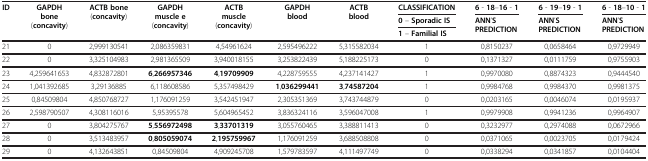
<table><thead><tr><td rowspan="3"><b>ID</b></td><td rowspan="3"><b>GAPDH bone (concavity)</b></td><td rowspan="3"><b>ACTB bone (concavity)</b></td><td rowspan="3"><b>GAPDH muscle e (concavity)</b></td><td rowspan="3"><b>ACTB muscle (concavity)</b></td><td rowspan="3"><b>GAPDH blood</b></td><td rowspan="3"><b>ACTB blood</b></td><td><b>CLASSIFICATION</b></td><td><b>6 - 18–16 - 1</b></td><td><b>6 - 19–19 - 1</b></td><td><b>6 - 18–10 - 1</b></td></tr><tr><td><b>0 – Sporadic IS</b></td><td rowspan="2"><b>ANN’S PREDICTION</b></td><td rowspan="2"><b>ANN’S PREDICTION</b></td><td rowspan="2"><b>ANN’S PREDICTION</b></td></tr><tr><td><b>1 – Familial IS</b></td></tr></thead><tbody><tr><td>21</td><td>0</td><td>2,999130541</td><td>2,086359831</td><td>4,54961624</td><td>2,595496222</td><td>5,315582034</td><td>1</td><td> 0,8150237</td><td> 0,0658464</td><td> 0,9729949</td></tr><tr><td>22</td><td>0</td><td>3,325104983</td><td>2,981365509</td><td>3,940018155</td><td>3,253822439</td><td>5,188225173</td><td>0</td><td> 0,1371327</td><td> 0,0111759</td><td> 0,9755903</td></tr><tr><td>23</td><td>4,259641653</td><td>4,832872801</td><td><b>6</b>,<b>266957346</b></td><td><b>4</b>,<b>19709909</b></td><td>4,228759555</td><td>4,237141427</td><td>1</td><td> 0,9970080</td><td> 0,8874323</td><td> 0,9444540</td></tr><tr><td>24</td><td>1,041392685</td><td>3,29136885</td><td>6,118608586</td><td>5,357498429</td><td><b>1</b>,<b>036299441</b></td><td><b>3</b>,<b>74587204</b></td><td>1</td><td> 0,9984768</td><td> 0,9984370</td><td> 0,9981375</td></tr><tr><td>25</td><td>0,84509804</td><td>4,850768727</td><td>1,176091259</td><td>3,542451947</td><td>2,305351369</td><td>3,743744879</td><td>0</td><td> 0,0203165</td><td> 0,0046074</td><td> 0,0195937</td></tr><tr><td>26</td><td>2,598790507</td><td>4,308116016</td><td>5,95395578</td><td>5,604965452</td><td>3,836324116</td><td>3,596047008</td><td>1</td><td> 0,9979908</td><td> 0,9941236</td><td> 0,9964907</td></tr><tr><td>27</td><td>0</td><td>3,804275767</td><td><b>5</b>,<b>556972498</b></td><td><b>3</b>,<b>33701319</b></td><td>3,055760465</td><td>3,388811413</td><td>0</td><td> 0,3232977</td><td> 0,2974088</td><td> 0,0672966</td></tr><tr><td>28</td><td>0</td><td>3,513483957</td><td><b>0</b>,<b>805059074</b></td><td><b>2</b>,<b>195759967</b></td><td>1,176091259</td><td>3,688508808</td><td>0</td><td> 0,0371065</td><td> 0,0023705</td><td> 0,0179424</td></tr><tr><td>29</td><td>0</td><td>4,132643851</td><td>0,84509804</td><td>4,909245708</td><td>1,579783597</td><td>4,111497749</td><td>0</td><td> 0,0338294</td><td> 0,0341857</td><td> 0,0104404</td></tr></tbody></table>